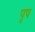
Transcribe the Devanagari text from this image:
पूष